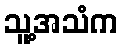
သူ့အသံက